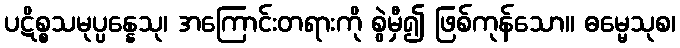
ပဋိစ္စသမုပ္ပန္နေသု၊ အကြောင်းတရားကို စွဲမှီ၍ ဖြစ်ကုန်သော။ ဓမ္မေသုစ၊